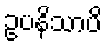
ဥပနိသာပိ